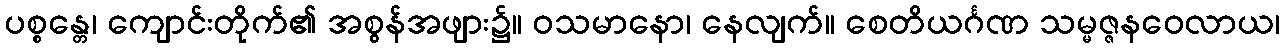
ပစ္စန္တေ၊ ကျောင်းတိုက်၏ အစွန်အဖျား၌။ ဝသမာနော၊ နေလျက်။ စေတိယင်္ဂဏ သမ္မဇ္ဇနဝေလာယ၊